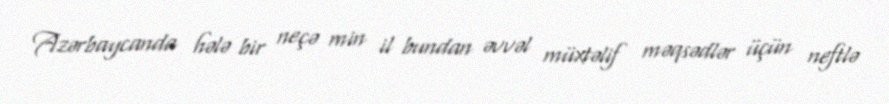
Azərbaycanda hələ bir neçə min il bundan əvvəl müxtəlif məqsədlər üçün neftlə